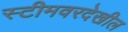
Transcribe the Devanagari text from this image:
स्टीमवरदेखील